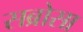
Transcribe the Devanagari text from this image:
सब्रोसा